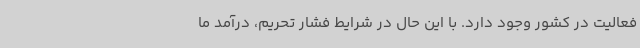
فعالیت در کشور وجود دارد. با این حال در شرایط فشار تحریم، درآمد ما